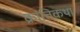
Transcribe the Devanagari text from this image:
क्रांतिकथा